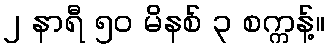
၂ နာရီ ၅၀ မိနစ် ၃ စက္ကန့်။